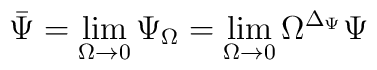
\bar\Psi = \lim_{\Omega\to 0}\Psi_{\Omega}=\lim_{\Omega\to 0}\Omega^{\Delta_{\Psi}}\Psi